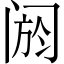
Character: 阏